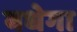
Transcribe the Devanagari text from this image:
बधेगा